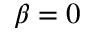
\beta = 0